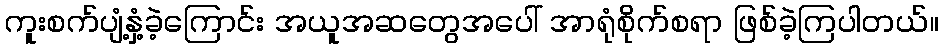
ကူးစက်ပျံ့နှံ့ခဲ့ကြောင်း အယူအဆတွေအပေါ် အာရုံစိုက်စရာ ဖြစ်ခဲ့ကြပါတယ်။